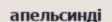
апельсинді